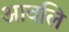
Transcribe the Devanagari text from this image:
आवलि